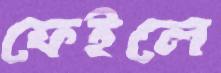
ফেইলে